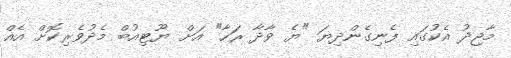
މާޖިދު އެކުގައި ފެނިގެންދިޔަ "ޔެ ވާދާ ރަހާ" އަށް ޔޫޓިއުބް މެދުވެރިކޮށް އެއް